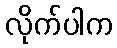
လိုက်ပါက